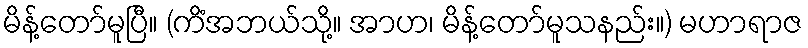
မိန့်တော်မူပြီ။ (ကိံအဘယ်သို့။ အာဟ၊ မိန့်တော်မူသနည်း။) မဟာရာဇ